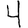
Digit: 4